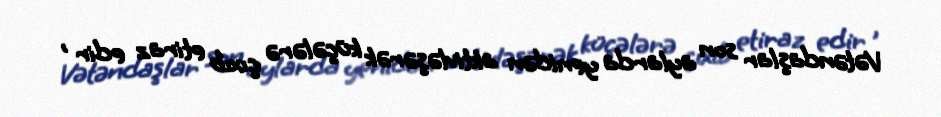
Vətəndaşlar son aylarda yenidən aktivləşərək küçələrə çıxıb etiraz edir ,